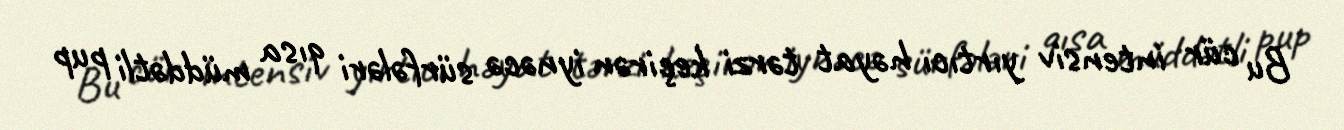
Bu cür intensiv yırtıcı həyat tərzi keçirən iynəcə sürfələri qısa müddətli pup